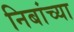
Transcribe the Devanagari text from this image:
निबांच्या